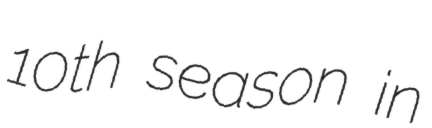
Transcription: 10th season in